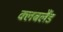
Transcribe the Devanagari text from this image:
क्लबलैंड